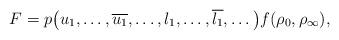
LaTeX: \begin{align*}F=p\big(u_1,\dots,\overline{u_1},\dots,l_1,\dots,\overline{l_1},\dots \big)f(\rho_0,\rho_{\infty}),\end{align*}